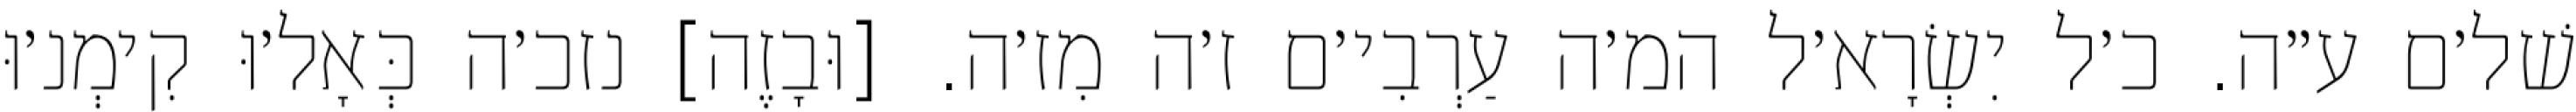
שׁל׳ם ע״ה. כ׳ל יִשְׂרָא׳ל המ׳ה עַרְבִי׳ם ז׳ה מִז׳ה. [וּבָזֶה] נזכ׳ה כְּאָל׳וּ קִימְנ׳וּ